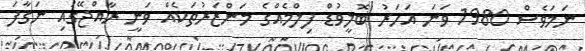
ނަމަވެސް 1980 ވަނަ އަހަރު ބޮލީވުޑް ފިލްމެއްގެ މަންޒަރުތަކެއް ވަނީ ރާއްޖޭގައި ނަގާފަ